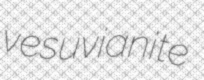
vesuvianite